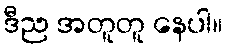
ဒီည အတူတူ နေပါ။